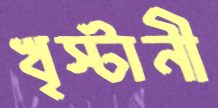
খৃস্টানী